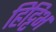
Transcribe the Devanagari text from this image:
हिट्टिभ